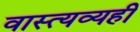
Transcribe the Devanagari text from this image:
वास्त्यव्यही